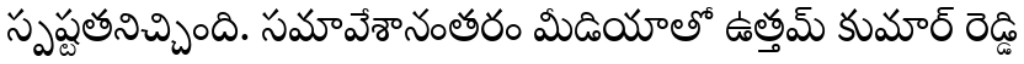
స్పష్టతనిచ్చింది. సమావేశానంతరం మీడియాతో ఉత్తమ్ కుమార్ రెడ్డి